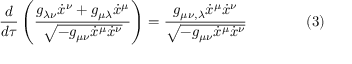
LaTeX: { \frac { d } { d \tau } } \left( { \frac { g _ { \lambda \nu } { \dot { x } } ^ { \nu } + g _ { \mu \lambda } { \dot { x } } ^ { \mu } } { \sqrt { - g _ { \mu \nu } { \dot { x } } ^ { \mu } { \dot { x } } ^ { \nu } } } } \right) = { \frac { g _ { \mu \nu , \lambda } { \dot { x } } ^ { \mu } { \dot { x } } ^ { \nu } } { \sqrt { - g _ { \mu \nu } { \dot { x } } ^ { \mu } { \dot { x } } ^ { \nu } } } } \qquad \qquad ( 3 )